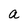
Character: a